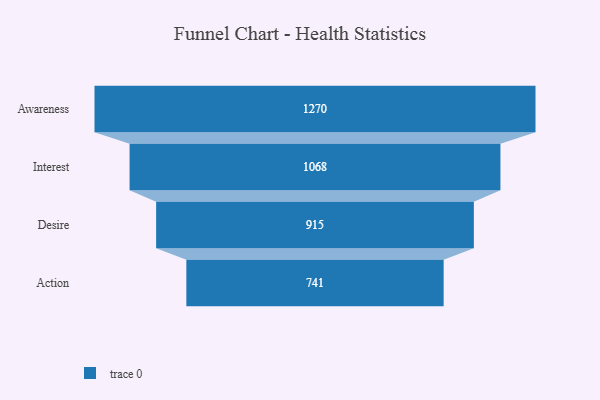
{"axis": {"x": "Stage", "y": "Value"}, "legend": [""], "data": [{"x": "Awareness", "y": 1270.0, "type": ""}, {"x": "Interest", "y": 1068.0, "type": ""}, {"x": "Desire", "y": 915.0, "type": ""}, {"x": "Action", "y": 741.0, "type": ""}]}